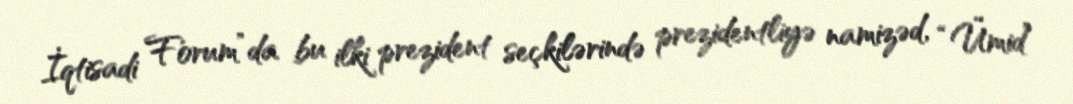
İqtisadi Forum”da bu ilki prezident seçkilərində prezidentliyə namizəd, “Ümid”